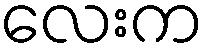
လေးက